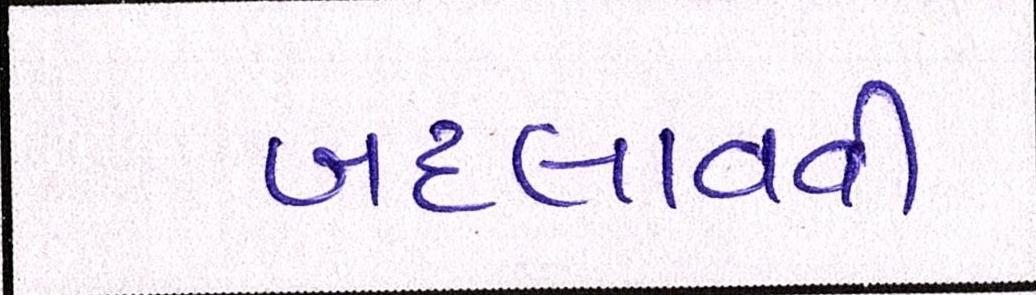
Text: બદલાવવી